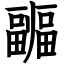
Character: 疈